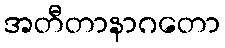
အတီတာနာဂတော